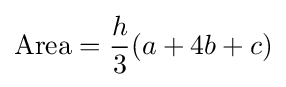
{\text{Area}}={\frac {h}{3}}(a+4b+c)